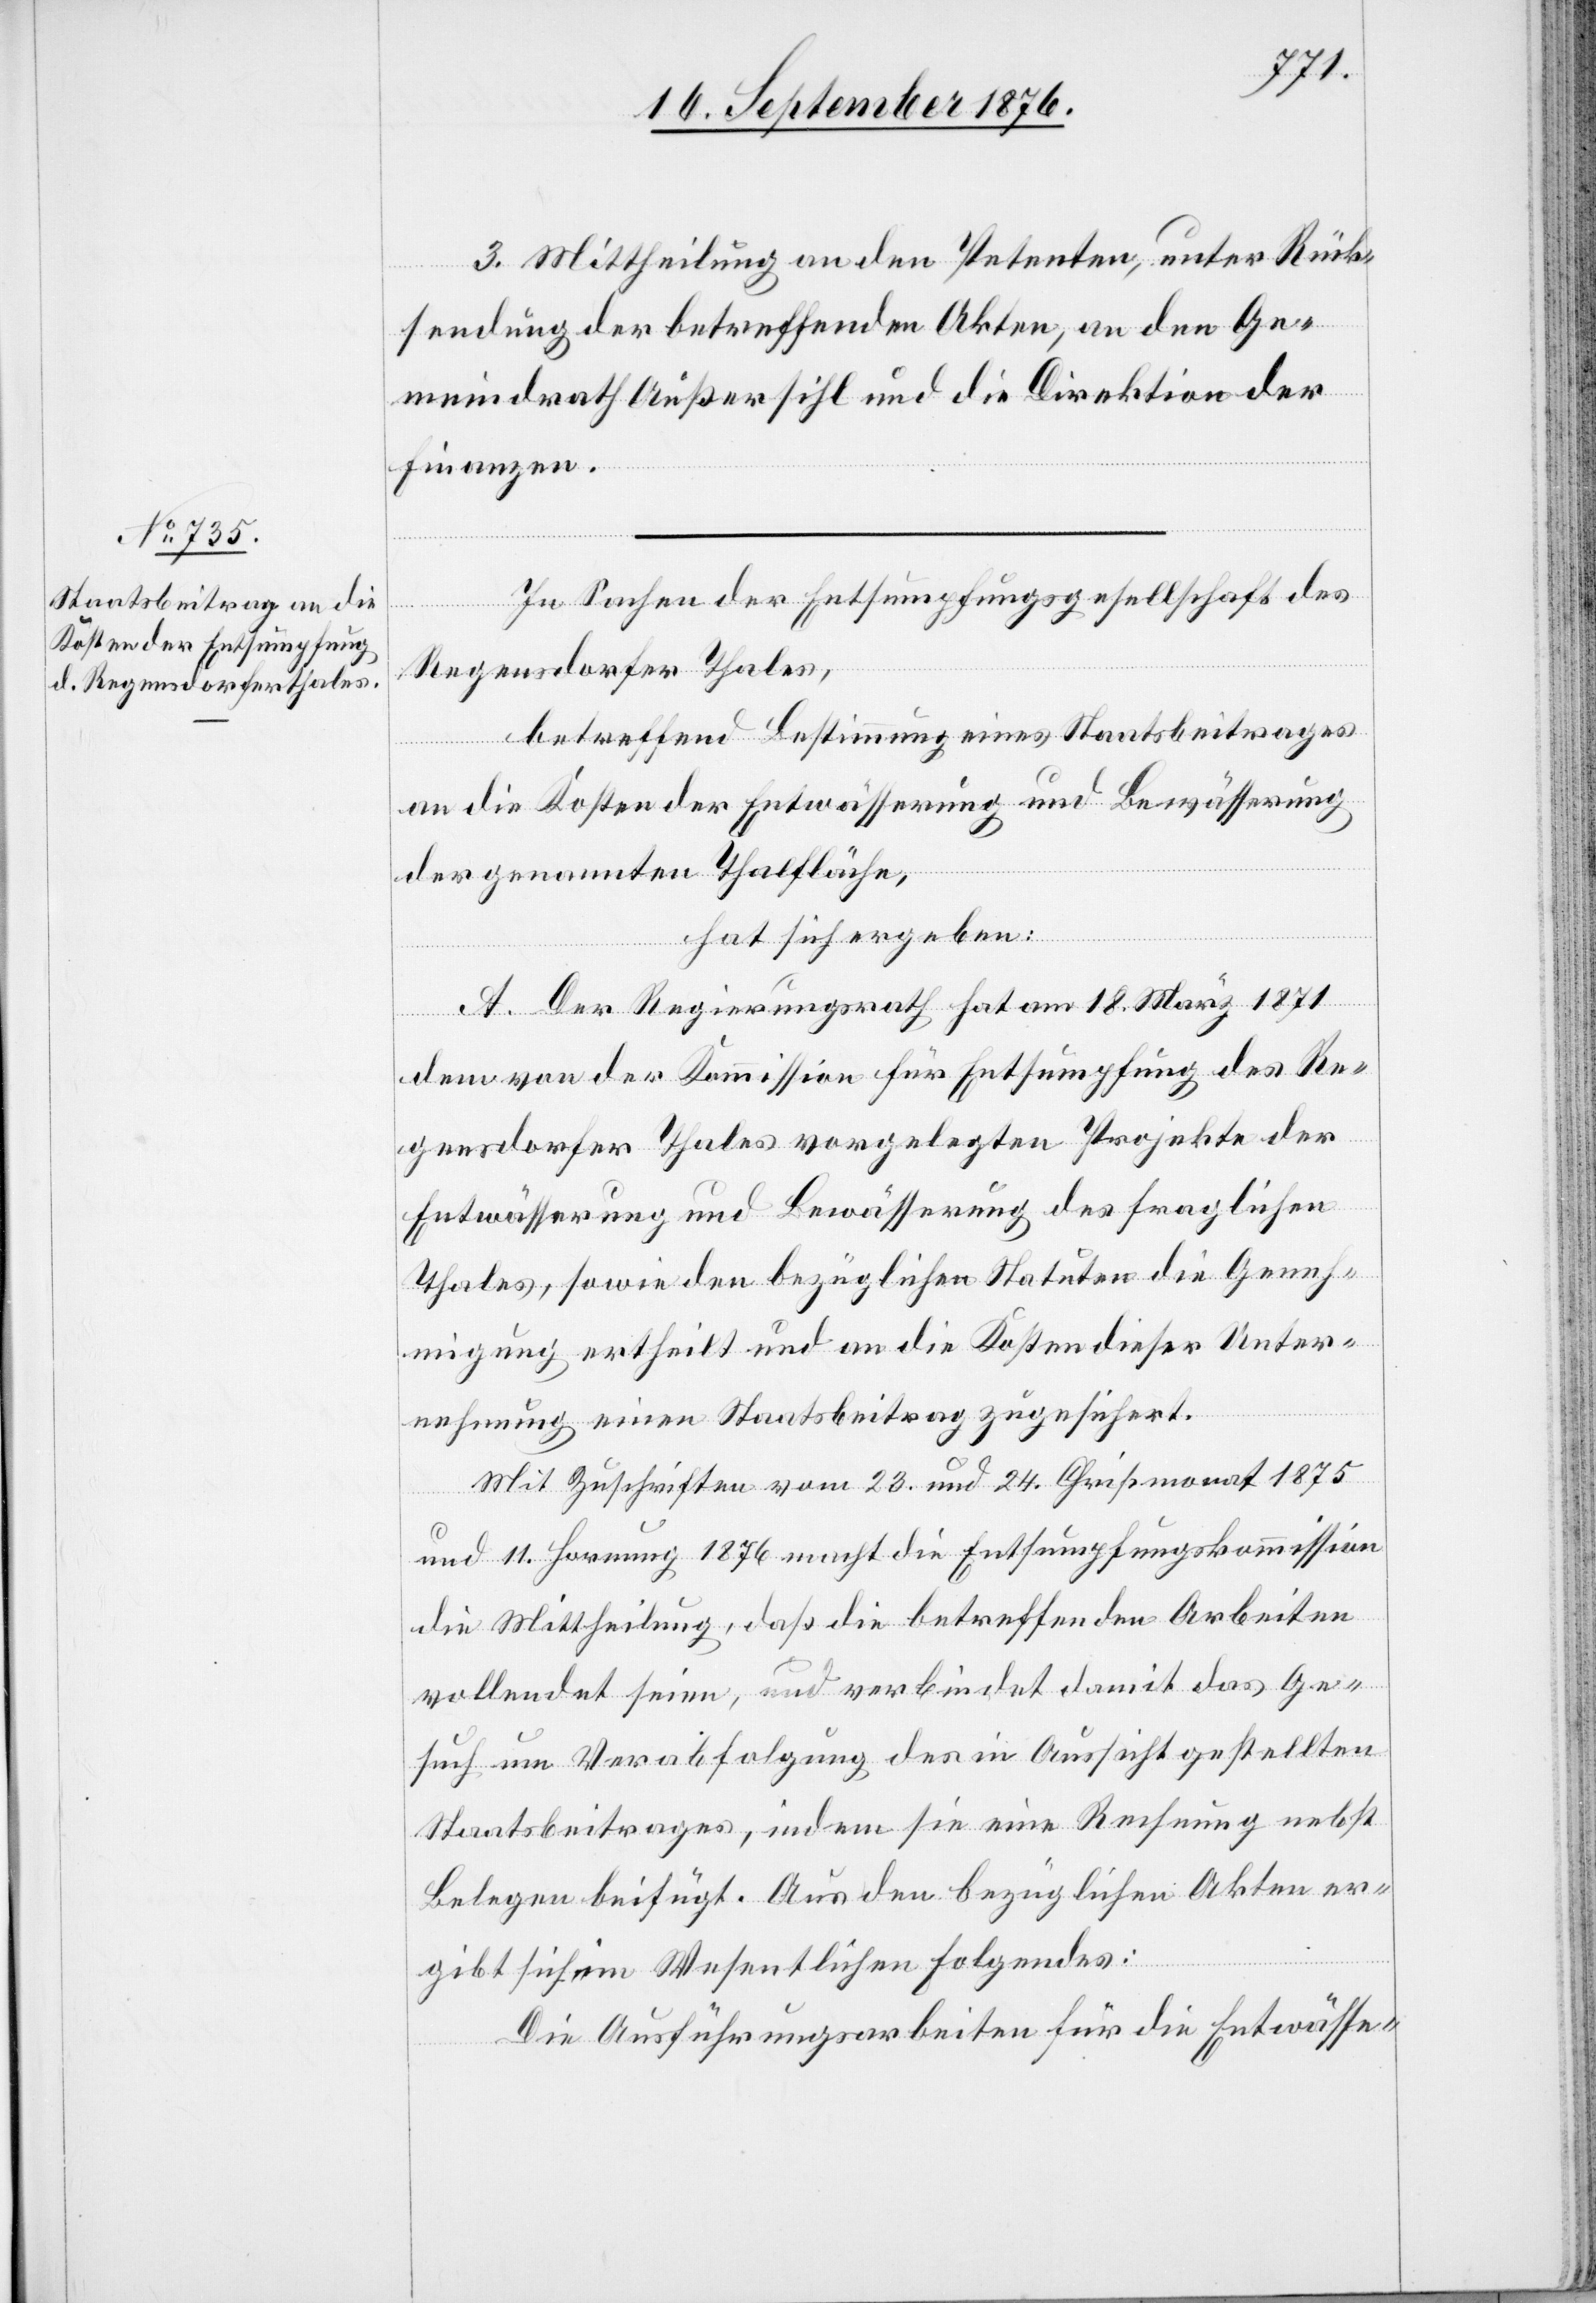
3. Mittheilung an den Petenten, unter Rück¬
sendung der betreffenden Akten, an den Ge¬
meindrath Außersihl und an die Direktion der
Finanzen.
In Sachen der Entsumpfungsgesellschaft des
Regensdorfer Thales,
betreffend Bestimmung eines Staatsbeitrages
an die Kosten der Entwässerung und Bewässerung
der genannten Thalfläche,
hat sich ergeben:
A. Der Regierungsrath hat am 18. März 1871
dem von der Kommission für Entsumpfung des Re¬
gensdorfer Thales vorgelegten Projekte der
Entwässerung und Bewässerung des fraglichen
Thales, sowie den bezüglichen Statuten die Geneh¬
migung ertheilt und an die Kosten dieser Unter¬
nehmung einen Staatsbeitrag zugesichert.
Mit Zuschriften vom 23. und 25. Christmonat 1875
und 11. Hornung 1876 macht die Entsumpfungskommission
die Mittheilung, daß die betreffenden Arbeiten
vollendet seien, und verbindet damit das Ge¬
such um Verabfolgung des in Aussicht gestellten
Staatsbeitrages, indem sie eine Rechnung nebst
Belegen beifügt. Aus den bezüglichen Akten er¬
gibt sich im Wesentlichen Folgendes:
Die Ausführungsarbeiten für die Entwässe-